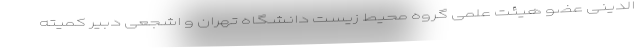
‌الدینی عضو هیئت علمی گروه محیط زیست دانشگاه تهران و اشجعی دبیر کمیته